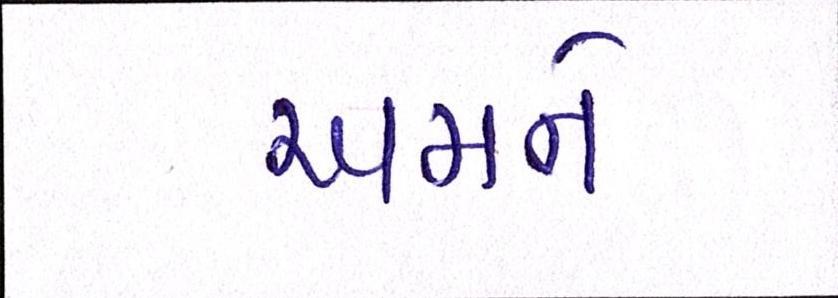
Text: અમને